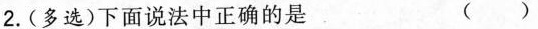
2.(多选)下面说法中正确的是 ()